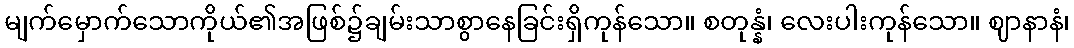
မျက်မှောက်သောကိုယ်၏အဖြစ်၌ချမ်းသာစွာနေခြင်းရှိကုန်သော။ စတုန္နံ၊ လေးပါးကုန်သော။ ဈာနာနံ၊